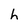
Character: h